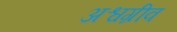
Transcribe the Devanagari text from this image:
अश्वग्रीव